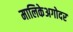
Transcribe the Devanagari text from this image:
मालिकेअगोदर